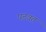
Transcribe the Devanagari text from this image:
पठवत